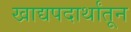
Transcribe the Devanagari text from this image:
खाद्यपदार्थांतून